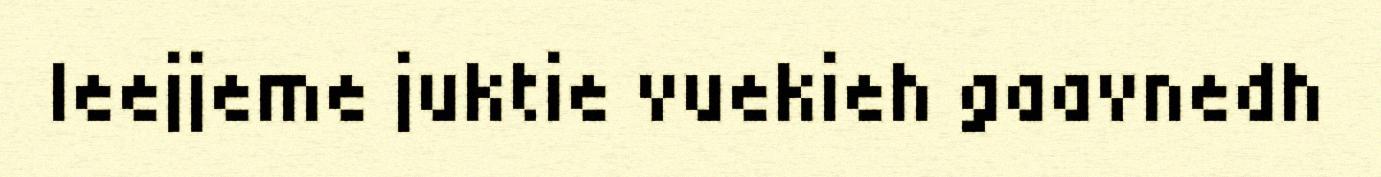
leejjeme juktie vuekieh gaavnedh